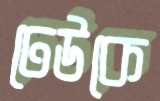
ঢেউকে